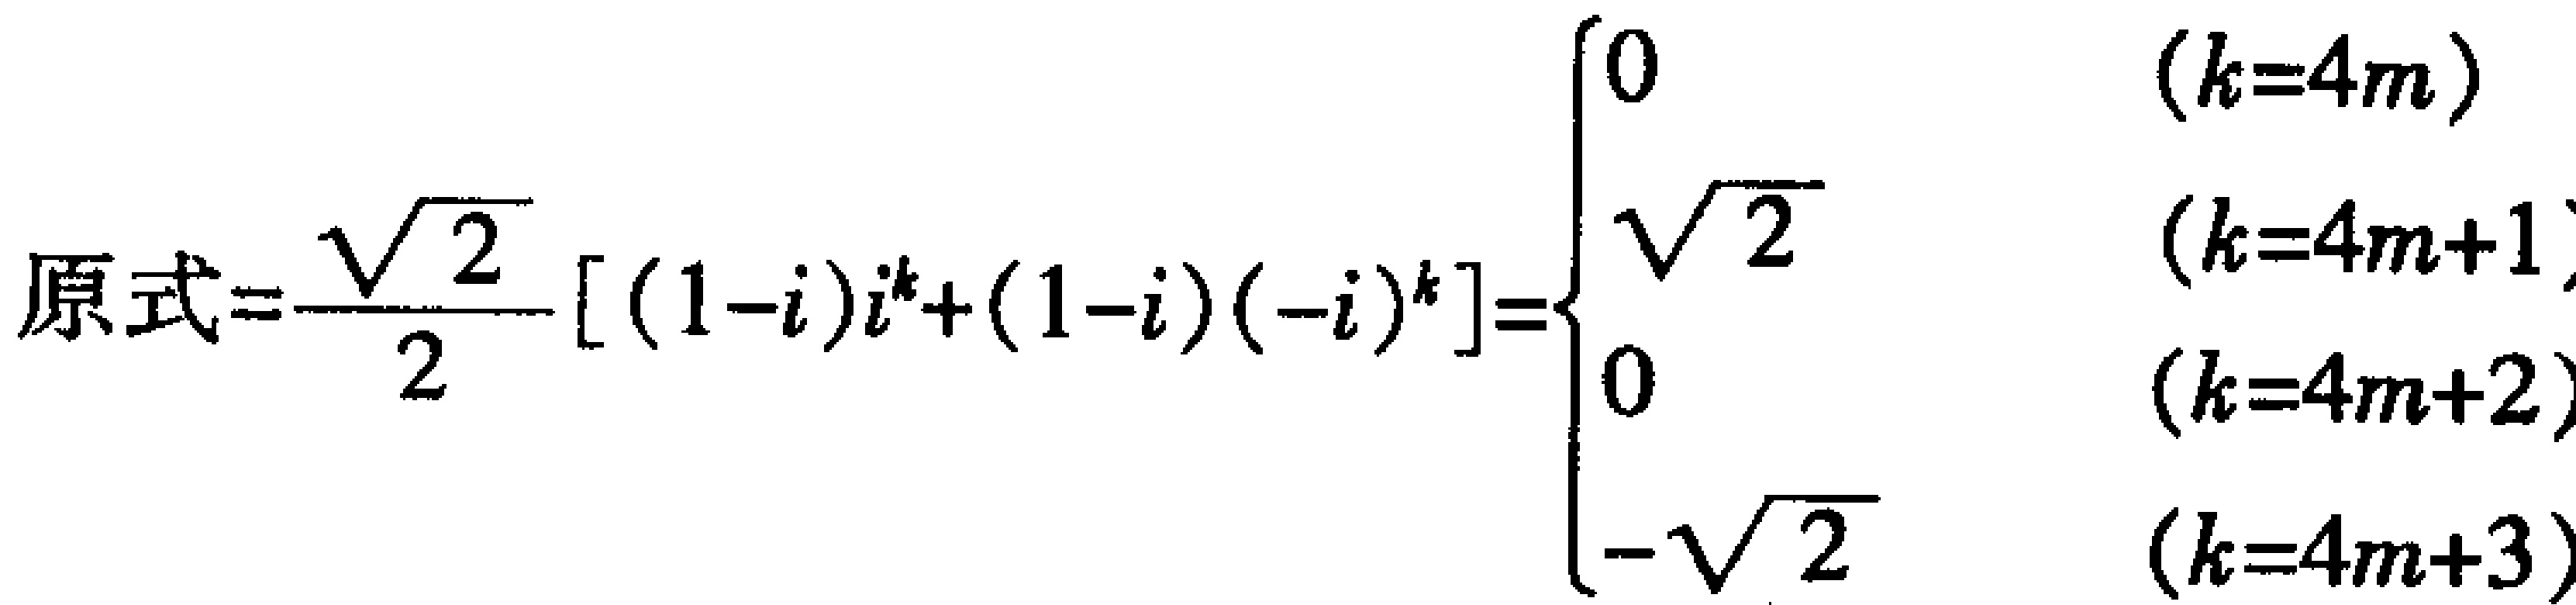
原式=$\frac{\sqrt{2}}{2}[(1 - i)i^{k}+(1 - i)(-i)^{k}]=\begin{cases}0&(k = 4m)\\\sqrt{2}&(k = 4m + 1)\\0&(k = 4m + 2)\\-\sqrt{2}&(k = 4m + 3)\end{cases}$